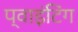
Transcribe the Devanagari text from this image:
प्वाइंटिंग